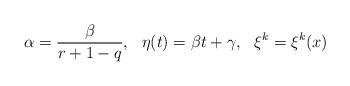
LaTeX: \begin{align*} \alpha=\frac{\beta}{r+1-q}, \ \ \eta(t)=\beta t+\gamma,\ \ \xi^k=\xi^k(x) \end{align*}